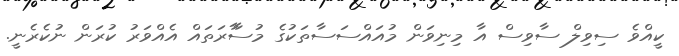
ކީއްވެ ސިވިލް ސާވިސް އާ މިނިވަން މުއައްސަސާތަކުގެ މުސާާރަތައް އެއްވަރު ކުރަން ނުކެރެނީ.